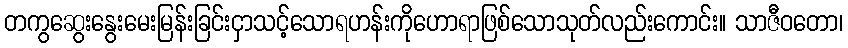
တကွဆွေးနွေးမေးမြန်းခြင်းငှာသင့်သောရဟန်းကိုဟောရာဖြစ်သောသုတ်လည်းကောင်း။ သာဇီဝတော၊